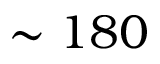
\sim 1 8 0